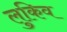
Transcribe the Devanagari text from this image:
लुकिव